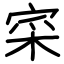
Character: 寀